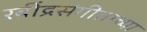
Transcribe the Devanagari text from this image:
रवींद्रसंगीताच्या